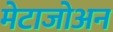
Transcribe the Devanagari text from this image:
मेटाजोअन